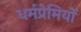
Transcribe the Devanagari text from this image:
धर्मप्रेमियों